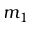
m _ { 1 }